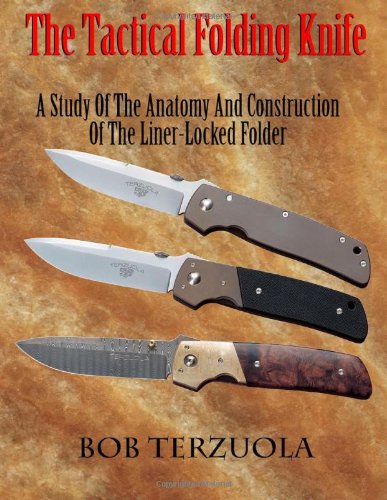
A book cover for Tactical Folding Knife; Bob Terzuola; Crafts, Hobbies & Home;